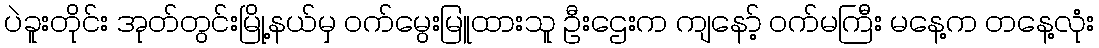
ပဲခူးတိုင်း အုတ်တွင်းမြို့နယ်မှ ဝက်မွေးမြူထားသူ ဦးဌေးက ကျနော့် ဝက်မကြီး မနေ့က တနေ့လုံး